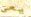
يعي